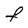
Character: F